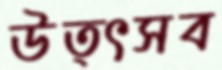
উত্ৎসব